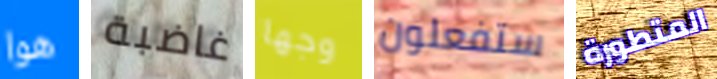
هوا غاضبة وجها ستفعلون المتطورة